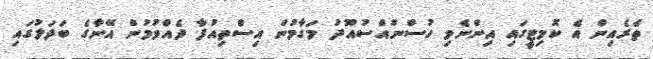
ތެރެއިން އެ ކޮމިޓީގައި އިންނެވި ހުސްނުއްސުއޫދު މަގާމުން އިސްތިއުފާ ދެއްވުމުން އޭނާގެ ބަދަލުގައި